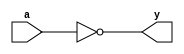
module not_gate(a,y);
  input a;
  output y;
  assign y=~a;
endmodule
module testbench_notg;
 reg a;wire y;
 not_gate NG(a,y);
 initial begin
   $display($time,"a=%b,y=%b",a,y);
   #10 a=0;
   #10 a=1;
   #10 $finish;
 end
endmodule